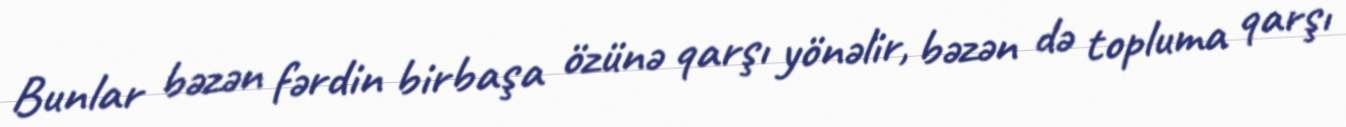
Bunlar bəzən fərdin birbaşa özünə qarşı yönəlir, bəzən də topluma qarşı